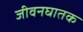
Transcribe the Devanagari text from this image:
जीवनघातक